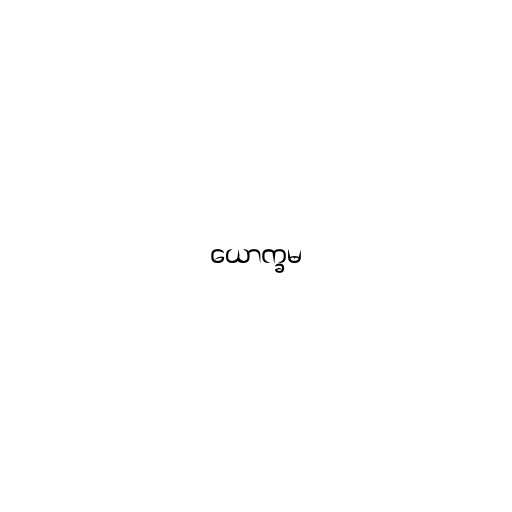
ယောက္ခမ